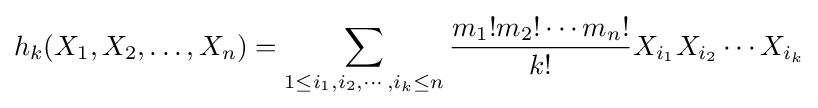
h_{k}(X_{1},X_{2},\dots ,X_{n})=\sum _{1\leq i_{1},i_{2},\cdots ,i_{k}\leq n}{\frac {m_{1}!m_{2}!\cdots m_{n}!}{k!}}X_{i_{1}}X_{i_{2}}\cdots X_{i_{k}}